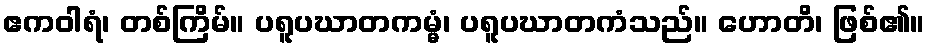
ဧကဝါရံ၊ တစ်ကြိမ်။ ပရူပဃာတကမ္မံ၊ ပရူပဃာတကံသည်။ ဟောတိ၊ ဖြစ်၏။